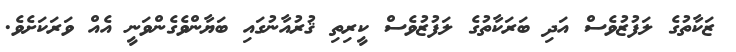
ޒަކާތުގެ ލަފުޒުވެސް އަދި ބަރަކާތުގެ ލަފުޒުވެސް ކީރިތި ޤުރުއާނުގައި ބަޔާންވެގެންވަނީ އެއް ވަރަކަށެވެ.